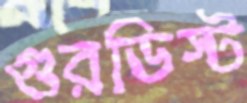
গুরডিস্ট